Sketch of the medical history of the native army of Bombay, for the year
Year: 1876
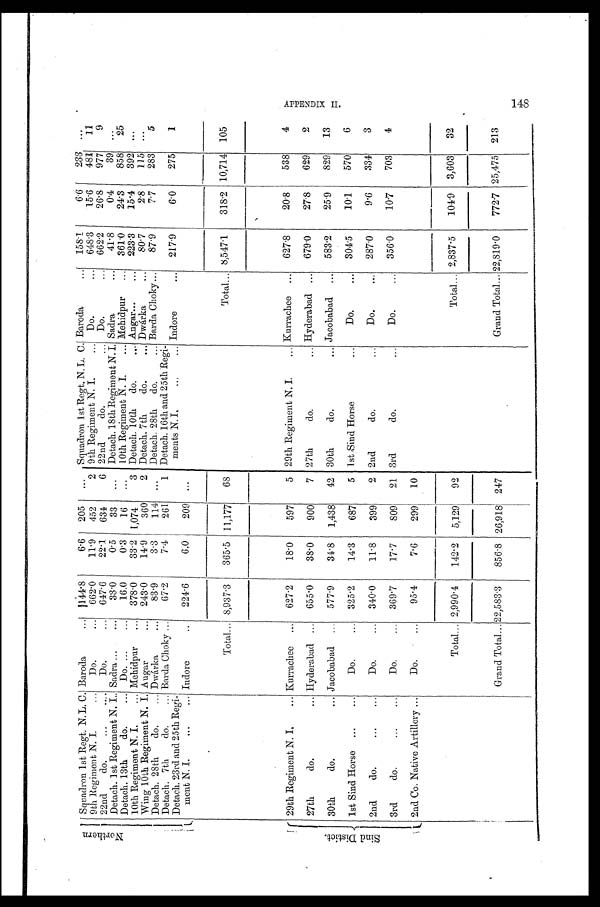
Squadron 1st Regt. N. L. C. Baroda
...
144. 8
6.6
205
...
Squadron 1st Regt. N. L. C. Baroda
...
158.1
6.6
233
. . .
N o r t h e r n
9th Regiment N. I.
...
Do.
...
662.0
11.9
452
2 9th Regiment N. I.
... Do.
...
648.3
15.6
481
11
22nd
do.
...
...
Do.
...
647.6
22.1
634
6 22nd
do.
... Do.
...
662.2
26.8
977
9
Detach. 1st Regiment N. I.. Sadra ...
...
33.0
0.5
33
...
Detach. 18th Regiment N. I. Sadra
...
41.8
0.4
39 ...
Detach. 13th
do.
Do.
...
16.0
0.3
16
...
10th Regiment N. I.
... Mehidpur
...
361.0
24.3
858
25
10th Regiment N. I.
Mehidpur
...
378 .0
33.2 1,074
3 Detach. 10th
do.
Angar...
...
223 .3
15.4
392 ...
Wing 10th Regiment N. I. Augar
...
243.0
14.9
360
2 Detach. 7th
do.
... Dwárka
...
80 . 7
2.8
115 ...
Detach. 28th
do.
... Dwárka
...
83 . 9
3.3
114 ...
Detach. 28th
do.
... Barda Choky ...
87.9
7.7
283
5
Detach. 7th
do.
...
Detach. 23rd and 25th Regi-
Barda Choky ...
67.2
7.4
261
1 Detach. 16th and 25th Regi-
ments N. I,
..,
... Indore
. . .
217.9
6.0
275
1
ment N. L
...
... Indore
..
224 . 6
6.0
209 ...
Total... 8,937.3
365.5 11,177
68
Total ... 8,547.1
318.2 10,714 105
S i n d D i s t i c t .
29th Regiment N. I ,
... Kurrachee
... 6 2 7.2
18.0
597
5 29th Regiment N. I.
... Kurrachee ...
627.8
20.8
538
4
27th
do.
... Hyderabad ...
655.0
38.0
900
7 27th
do.
... Hyderabad
. . . 679.0
27.8
629
2
30th
do.
... Jacobabad ...
577.9
34.8
1,438
42 30th
do.
. . . Jacobabad
. . . 583.2
25.9
829
13
1st Sind Horse ...
...
Do.
...
325 . 2
14.3
687
5 1st Sind Horse
...
Do.
...
304.5
10.1
570
6
2nd
do.
...
...
Do.
...
340 . 0
11.8
399
2 2nd
do.
...
Do.
... 287.0
9.6
334
3
3rd
do.
...
...
Do.
...
369 . 7
17.7
809
21 3rd
do.
...
Do.
...
356 .0
101
703
4
2nd Co. Native Artillery ...
Do.
...
95.4
7.6
299
10
Total ... 2,990.4
142.2
5,129
92
Total ... 2,837.5
104.9 3,603
32
Grand Total ... 22,583.3
856 . 8 26,918 247
Grand Total ... 22,819.0
772.7 25,475 213
APPENDI X I I .
148